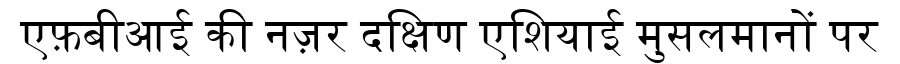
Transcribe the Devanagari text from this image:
एफ़बीआई की नज़र दक्षिण एशियाई मुसलमानों पर